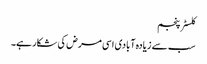
کلسٹر پنجم
سب سے زیادہ آبادی اسی مرض کی شکار ہے۔